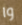
وا